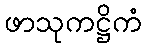
ဖာသုကဋ္ဌိကံ